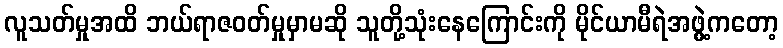
လူသတ်မှုအထိ ဘယ်ရာဇဝတ်မှုမှာမဆို သူတို့သုံးနေကြောင်းကို မိုင်ယာမီရဲအဖွဲ့ကတော့